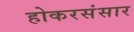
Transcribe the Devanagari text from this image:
होकरसंसार